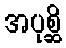
အပုစ္ဆိ